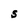
Character: S